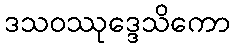
ဒသဝဿုဒ္ဒေသိကော